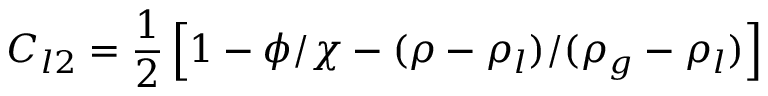
C _ { l 2 } = \frac { 1 } { 2 } \left[ 1 - \phi / \chi - ( \rho - \rho _ { l } ) / ( \rho _ { g } - \rho _ { l } ) \right]